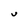
Character: U